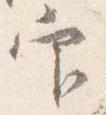
官